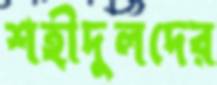
শহীদুলদের